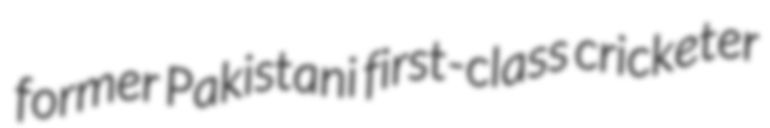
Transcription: former Pakistani first-class cricketer